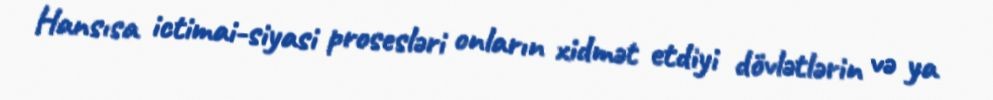
Hansısa ictimai-siyasi prosesləri onların xidmət etdiyi dövlətlərin və ya